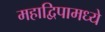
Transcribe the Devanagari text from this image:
महाद्विपामध्ये